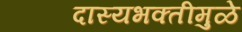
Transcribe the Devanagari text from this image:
दास्यभक्तीमुळे